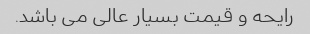
رایحه و قیمت بسیار عالی می باشد.